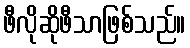
ဖီလိုဆိုဖီသာဖြစ်သည်။